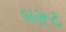
બરૂટ